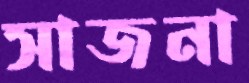
সাজনা